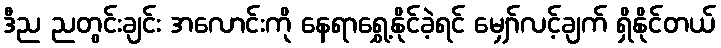
ဒီည ညတွင်းချင်း အလောင်းကို နေရာရွှေ့နိုင်ခဲ့ရင် မျှော်လင့်ချက် ရှိနိုင်တယ်